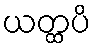
ယတ္ထပိ